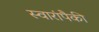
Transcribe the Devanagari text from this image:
स्वारांपैकी